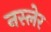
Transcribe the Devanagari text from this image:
नस्लेर